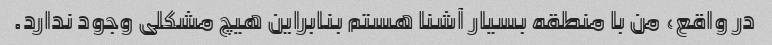
در واقع، من با منطقه بسیار آشنا هستم بنابراین هیچ مشکلی وجود ندارد.